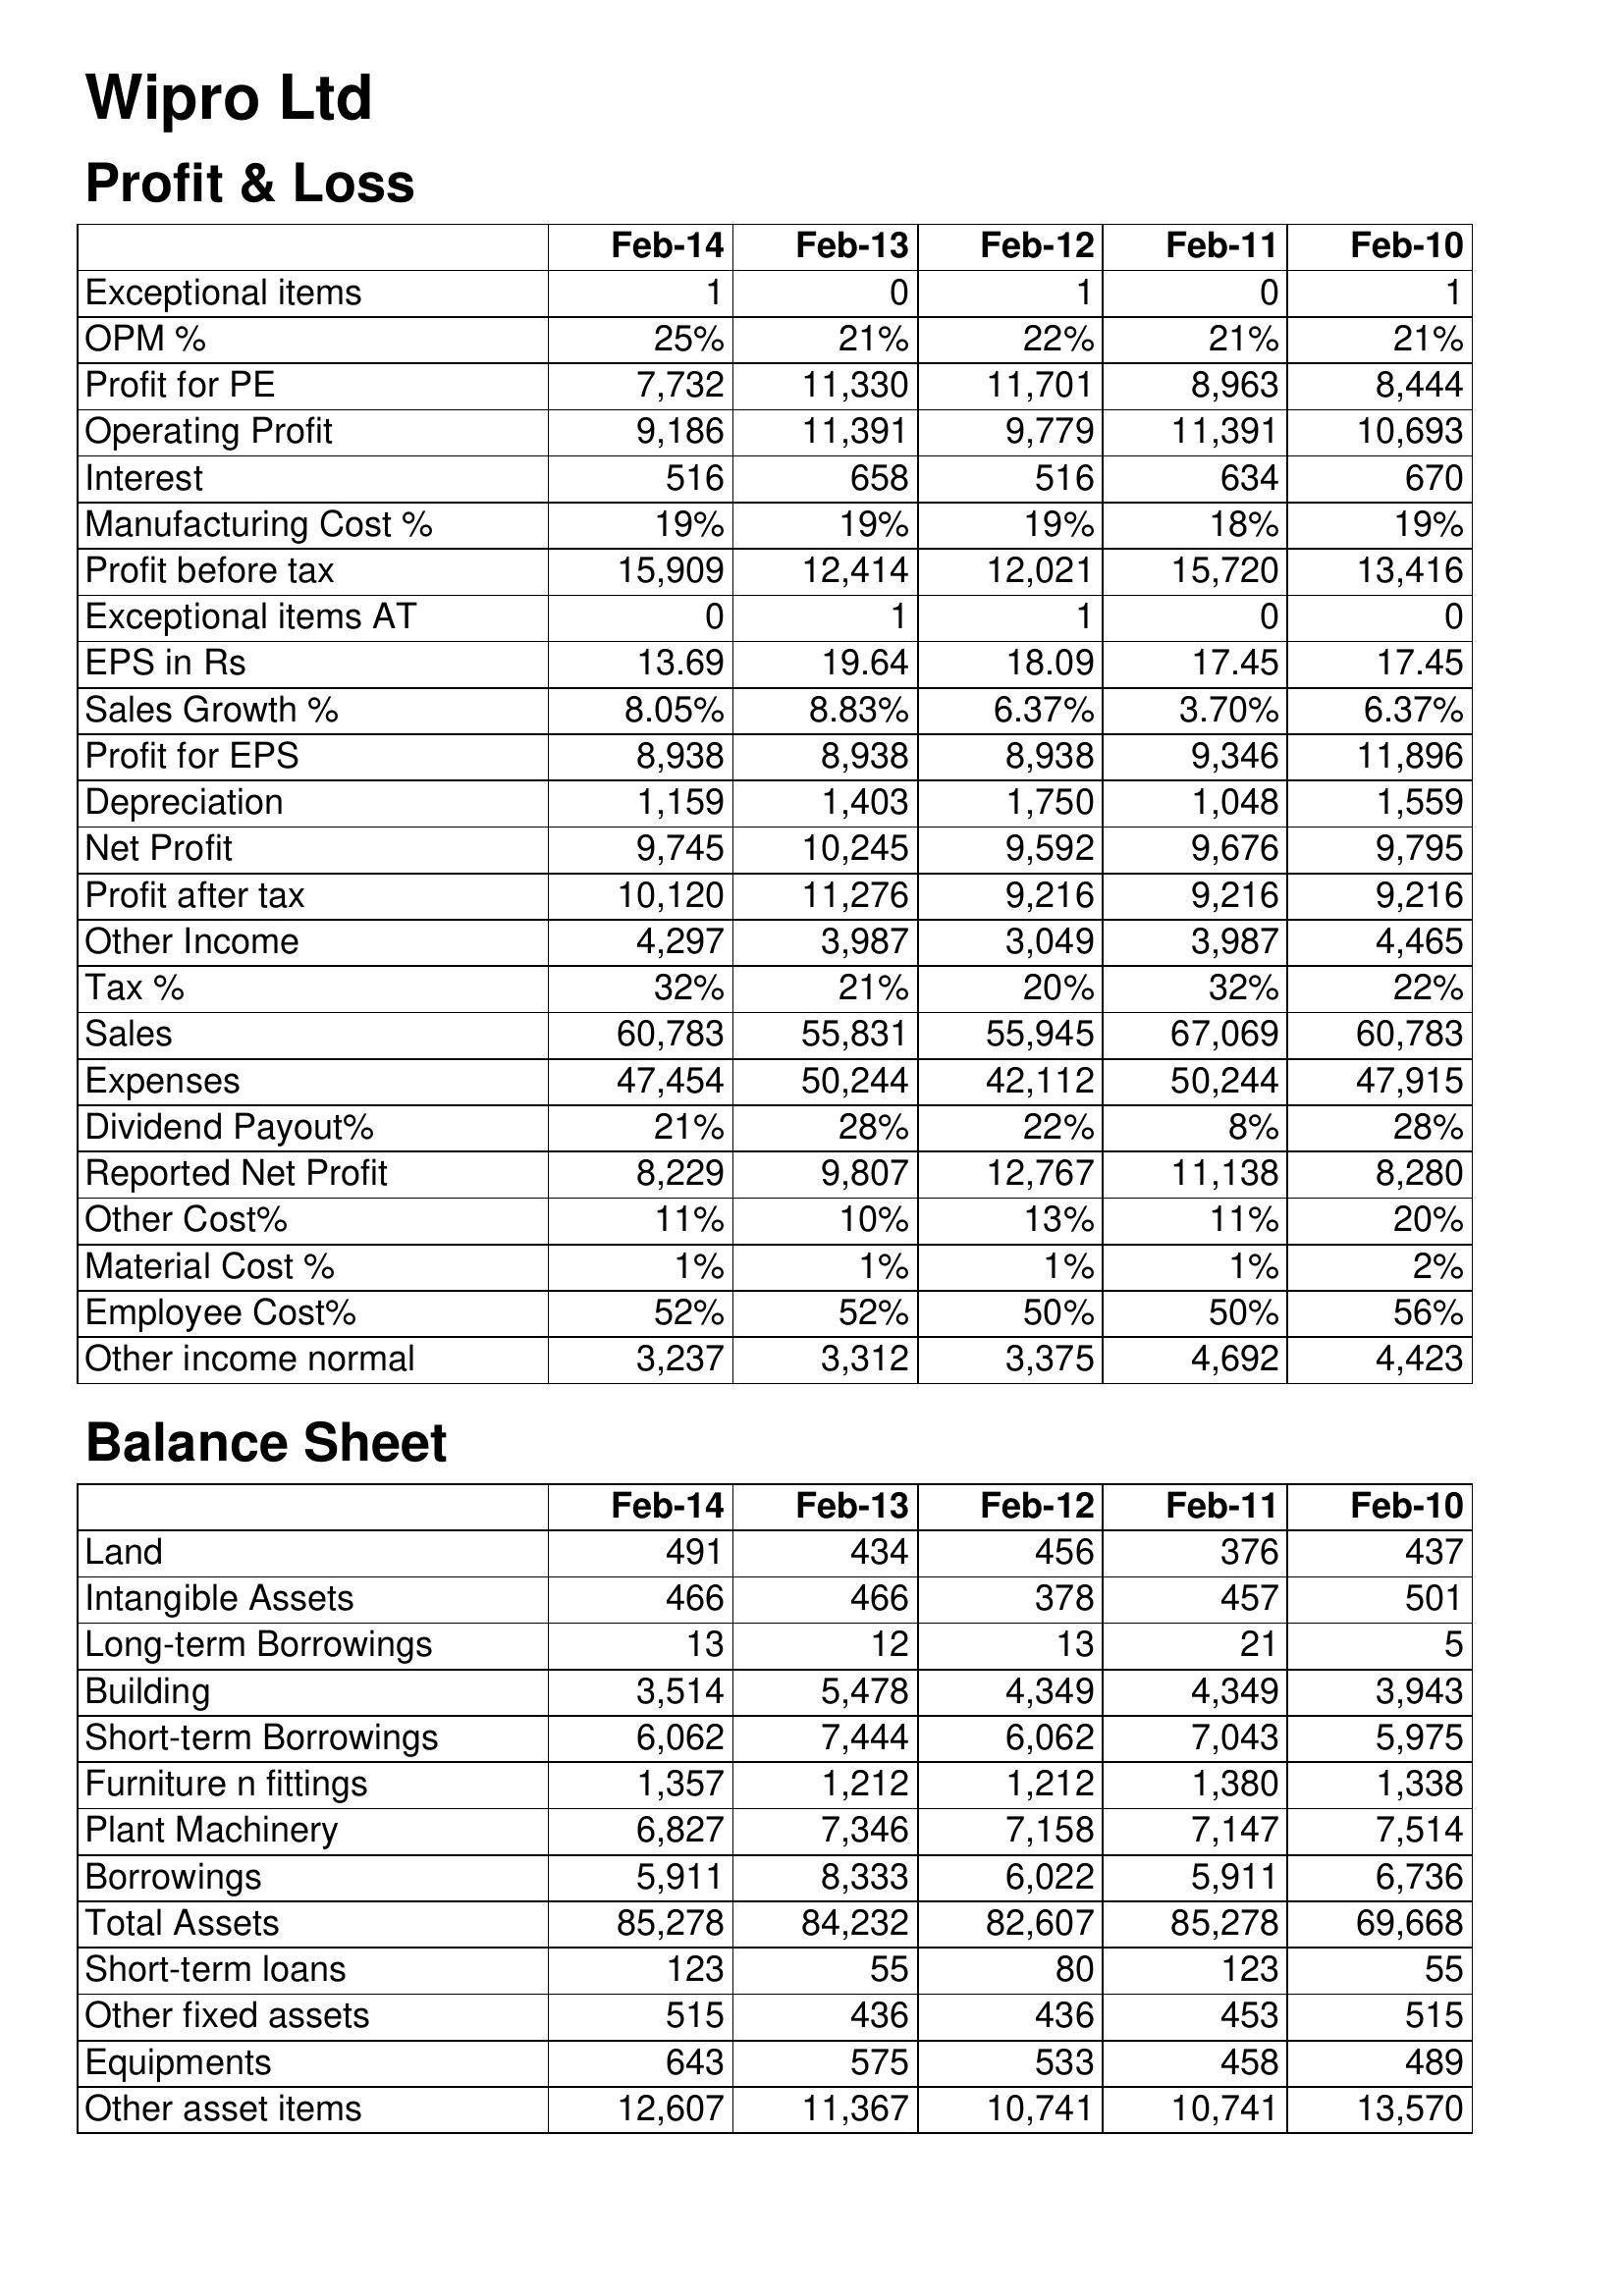
Feb-14: Profit & Loss: Exceptional items: 1
OPM %: 25%
Profit for PE: 7,732
Operating Profit: 9,186
Interest: 516
Manufacturing Cost %: 19%
Profit before tax: 15,909
Exceptional items AT: 0
EPS in Rs: 13.69
Sales Growth %: 8.05%
Profit for EPS: 8,938
Depreciation: 1,159
Net Profit: 9,745
Profit after tax: 10,120
Other Income: 4,297
Tax %: 32%
Sales: 60,783
Expenses: 47,454
Dividend Payout%: 21%
Reported Net Profit: 8,229
Other Cost%: 11%
Material Cost %: 1%
Employee Cost%: 52%
Other income normal: 3,237
Balance Sheet: Land: 491
Intangible Assets: 466
Long-term Borrowings: 13
Building: 3,514
Short-term Borrowings: 6,062
Furniture n fittings: 1,357
Plant Machinery: 6,827
Borrowings: 5,911
Total Assets: 85,278
Short-term loans: 123
Other fixed assets: 515
Equipments: 643
Other asset items: 12,607
Feb-13: Profit & Loss: Exceptional items: 0
OPM %: 21%
Profit for PE: 11,330
Operating Profit: 11,391
Interest: 658
Manufacturing Cost %: 19%
Profit before tax: 12,414
Exceptional items AT: 1
EPS in Rs: 19.64
Sales Growth %: 8.83%
Profit for EPS: 8,938
Depreciation: 1,403
Net Profit: 10,245
Profit after tax: 11,276
Other Income: 3,987
Tax %: 21%
Sales: 55,831
Expenses: 50,244
Dividend Payout%: 28%
Reported Net Profit: 9,807
Other Cost%: 10%
Material Cost %: 1%
Employee Cost%: 52%
Other income normal: 3,312
Balance Sheet: Land: 434
Intangible Assets: 466
Long-term Borrowings: 12
Building: 5,478
Short-term Borrowings: 7,444
Furniture n fittings: 1,212
Plant Machinery: 7,346
Borrowings: 8,333
Total Assets: 84,232
Short-term loans: 55
Other fixed assets: 436
Equipments: 575
Other asset items: 11,367
Feb-12: Profit & Loss: Exceptional items: 1
OPM %: 22%
Profit for PE: 11,701
Operating Profit: 9,779
Interest: 516
Manufacturing Cost %: 19%
Profit before tax: 12,021
Exceptional items AT: 1
EPS in Rs: 18.09
Sales Growth %: 6.37%
Profit for EPS: 8,938
Depreciation: 1,750
Net Profit: 9,592
Profit after tax: 9,216
Other Income: 3,049
Tax %: 20%
Sales: 55,945
Expenses: 42,112
Dividend Payout%: 22%
Reported Net Profit: 12,767
Other Cost%: 13%
Material Cost %: 1%
Employee Cost%: 50%
Other income normal: 3,375
Balance Sheet: Land: 456
Intangible Assets: 378
Long-term Borrowings: 13
Building: 4,349
Short-term Borrowings: 6,062
Furniture n fittings: 1,212
Plant Machinery: 7,158
Borrowings: 6,022
Total Assets: 82,607
Short-term loans: 80
Other fixed assets: 436
Equipments: 533
Other asset items: 10,741
Feb-11: Profit & Loss: Exceptional items: 0
OPM %: 21%
Profit for PE: 8,963
Operating Profit: 11,391
Interest: 634
Manufacturing Cost %: 18%
Profit before tax: 15,720
Exceptional items AT: 0
EPS in Rs: 17.45
Sales Growth %: 3.70%
Profit for EPS: 9,346
Depreciation: 1,048
Net Profit: 9,676
Profit after tax: 9,216
Other Income: 3,987
Tax %: 32%
Sales: 67,069
Expenses: 50,244
Dividend Payout%: 8%
Reported Net Profit: 11,138
Other Cost%: 11%
Material Cost %: 1%
Employee Cost%: 50%
Other income normal: 4,692
Balance Sheet: Land: 376
Intangible Assets: 457
Long-term Borrowings: 21
Building: 4,349
Short-term Borrowings: 7,043
Furniture n fittings: 1,380
Plant Machinery: 7,147
Borrowings: 5,911
Total Assets: 85,278
Short-term loans: 123
Other fixed assets: 453
Equipments: 458
Other asset items: 10,741
Feb-10: Profit & Loss: Exceptional items: 1
OPM %: 21%
Profit for PE: 8,444
Operating Profit: 10,693
Interest: 670
Manufacturing Cost %: 19%
Profit before tax: 13,416
Exceptional items AT: 0
EPS in Rs: 17.45
Sales Growth %: 6.37%
Profit for EPS: 11,896
Depreciation: 1,559
Net Profit: 9,795
Profit after tax: 9,216
Other Income: 4,465
Tax %: 22%
Sales: 60,783
Expenses: 47,915
Dividend Payout%: 28%
Reported Net Profit: 8,280
Other Cost%: 20%
Material Cost %: 2%
Employee Cost%: 56%
Other income normal: 4,423
Balance Sheet: Land: 437
Intangible Assets: 501
Long-term Borrowings: 5
Building: 3,943
Short-term Borrowings: 5,975
Furniture n fittings: 1,338
Plant Machinery: 7,514
Borrowings: 6,736
Total Assets: 69,668
Short-term loans: 55
Other fixed assets: 515
Equipments: 489
Other asset items: 13,570